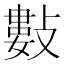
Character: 𢿘